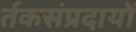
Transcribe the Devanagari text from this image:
र्तकसंप्रदायों